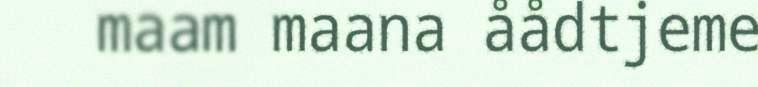
maam maana åådtjeme